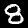
Label: 8